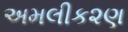
અમલીક૨ણ